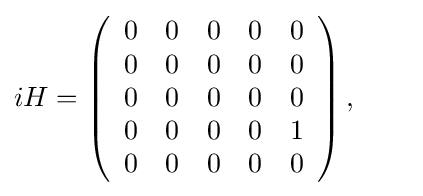
iH=\left({\begin{array}{ccccc}0&0&0&0&0\\0&0&0&0&0\\0&0&0&0&0\\0&0&0&0&1\\0&0&0&0&0\\\end{array}}\right),\qquad